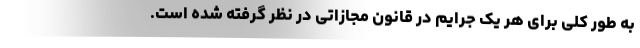
به طور کلی برای هر یک جرایم در قانون مجازاتی در نظر گرفته شده است.